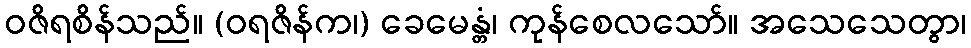
ဝဇိရစိန်သည်။ (ဝရဇိန်က၊) ခေမေန္တံ၊ ကုန်စေလသော်။ အသေသေတွာ၊